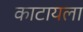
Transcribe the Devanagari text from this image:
काटायला